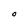
Character: o